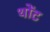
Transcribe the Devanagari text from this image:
थोंट